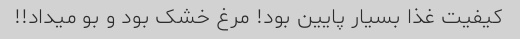
کیفیت غذا بسیار پایین بود! مرغ خشک بود و بو میداد!!